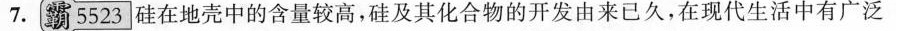
7.霸5523|硅在地壳中的含量较高，硅及其化合物的开发由来已久，在现代生活中有广泛